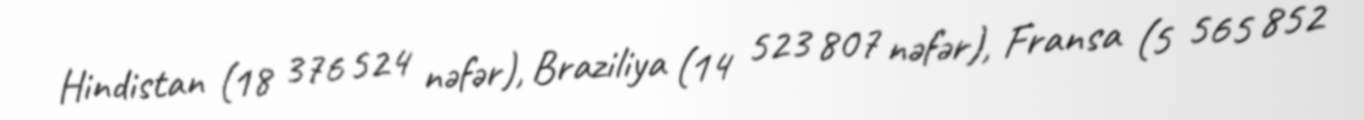
Hindistan (18 376 524 nəfər), Braziliya (14 523 807 nəfər), Fransa (5 565 852